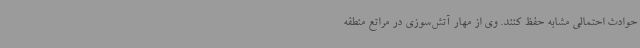
حوادث احتمالی مشابه حفظ کنند. وی از مهار آتش‌سوزی در مراتع منطقه